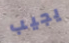
يجيب